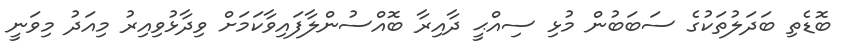
ބޮޑެތި ބަދަލުތަކުގެ ސަބަބުން މުޅި ސިއްޙީ ދާއިރާ ބޮއްސުންލާފައިވާކަމަށް ވިދާޅުވިއިރު މިއަދު މިވަނީ